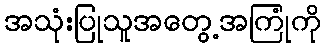
အသုံးပြုသူအတွေ့အကြုံကို